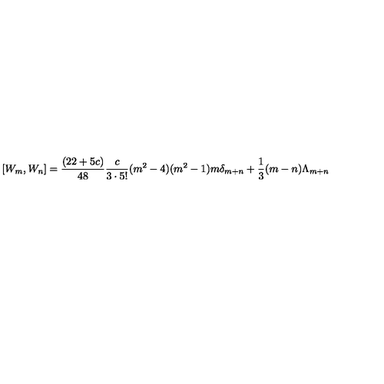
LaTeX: [ W _ { m } , W _ { n } ] = { \frac { ( 2 2 + 5 c ) } { 4 8 } } { \frac { c } { 3 \cdot 5 ! } } ( m ^ { 2 } - 4 ) ( m ^ { 2 } - 1 ) m \delta _ { m + n } + { \frac { 1 } { 3 } } ( m - n ) \Lambda _ { m + n }